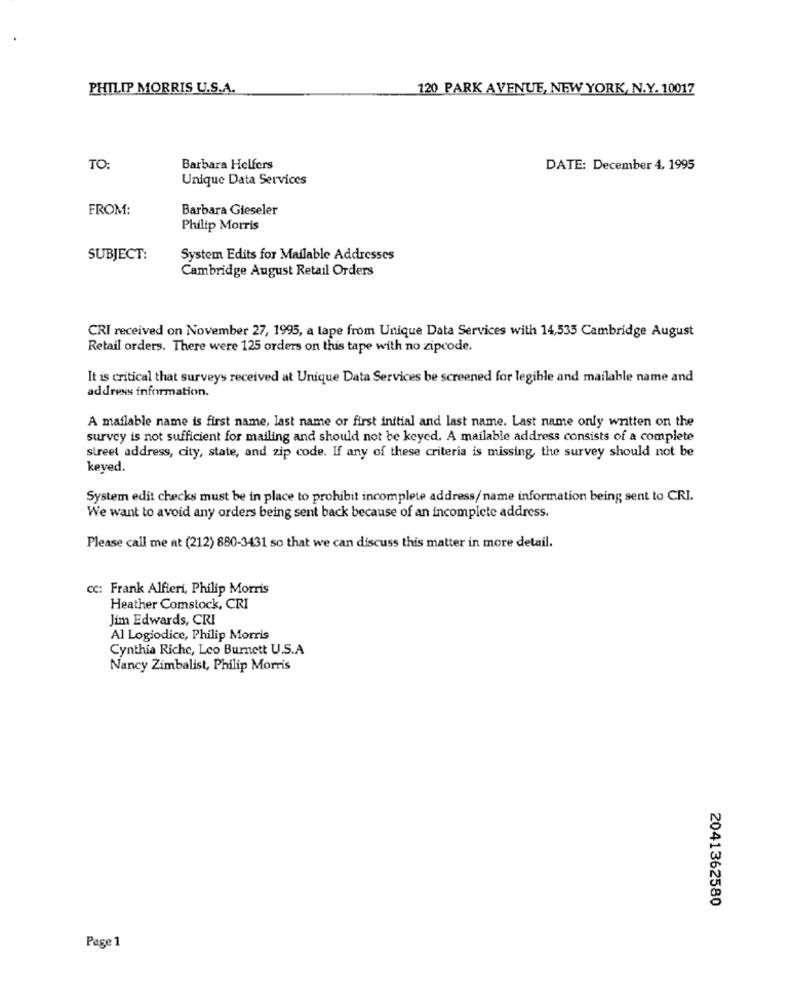
PHILIP MORRIS U.S.A.
120 PARK AVENUE, NEW YORK, N.Y. 10017
TO:
Barbara Helfers
DATE: December 4, 1995
Unique Data Services
FROM:
Barbara Gieseler
Philip Morris
SUBJECT:
System Edits for Mailable Addresses
Cambridge August Retail Orders
CRI received on November 27, 1995, a lape from Unique Data Services with 14,535 Cambridge August
Retail orders. There were 125 orders on this tape with no zipcode.
It is critical that surveys received at Unique Data Services be screened for legible and mailable name and
address information.
A maflable name is first name, last name or first initial and last name. Last name only written on the
survey is not sufficient for mailing and should not be keyed. A mailable address consists of a complete
street address, city, state, and zip code. If any of these criteria is missing, the survey should not be
keyed.
System edit checks must be in place to prohibit incomplete address/name information being sent to CRI.
We want to avoid any orders being sent back because of an incomplete address.
Please call me at (212) 880-3431 so that we can discuss this matter in more detail.
cc: Frank Alfieri, Philip Morris
Heather Comstock, CRI
Jim Edwards, CRI
Al Logiodice, Philip Morris
Cynthia Riche, Leo Burnett U.S.A
Nancy Zimbalist, Philip Morris
2041362580
Page 1